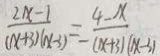
\frac { 2 x - 1 } { ( x + 3 ) ( x - 3 ) } = - \frac { 4 - x } { ( x + 3 ) ( x - 3 ) }